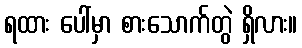
ရထား ပေါ်မှာ စားသောက်တွဲ ရှိလား။